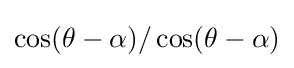
\cos(\theta -\alpha )/\cos(\theta -\alpha )